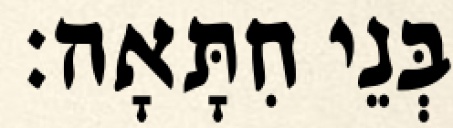
בְּנֵי חִתָּאָה׃